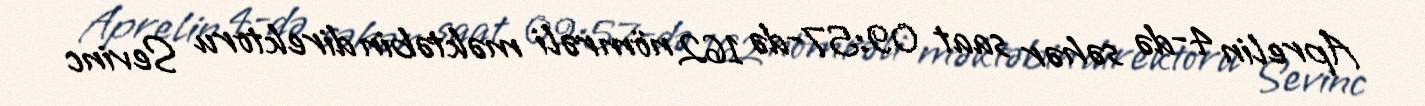
Aprelin 4-də səhər saat 09:57-də 162 nömrəli məktəbin direktoru Sevinc